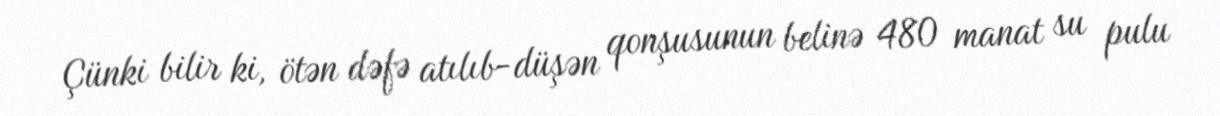
Çünki bilir ki, ötən dəfə atılıb-düşən qonşusunun belinə 480 manat su pulu